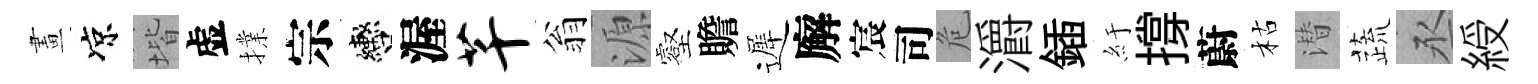
畫凉堦虚擈宗轡渥芊翁源壑贍遲廨宸司危灂鍤紆撐蔚枯潜蔬丞綬